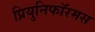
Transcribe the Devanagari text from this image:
प्रियुनिफॉरमस